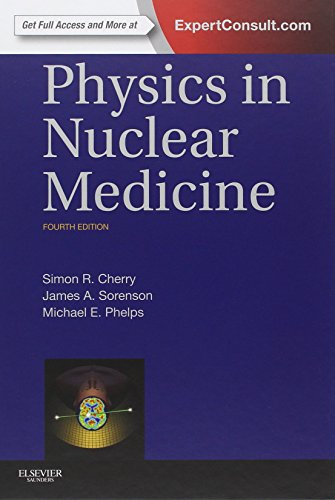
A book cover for Physics in Nuclear Medicine, 4e; Simon R. Cherry PhD; Medical Books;